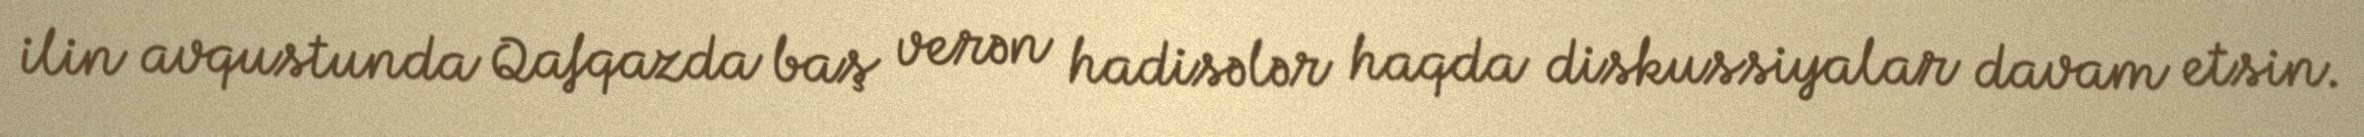
ilin avqustunda Qafqazda baş verən hadisələr haqda diskussiyalar davam etsin.